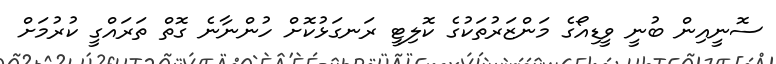
ސޮނީއިން ބުނީ ވީޑިއޯގެ މަންޒަރުތަކުގެ ކޮލިޓީ ރަނގަޅުކޮށް ހުންނާނެ ގޮތް ތަރައްގީ ކުރުމަށް